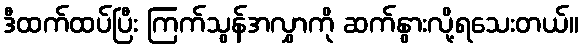
ဒီထက်ထပ်ပြီး ကြက်သွန်အလွှာကို ဆက်နွားလို့ရသေးတယ်။